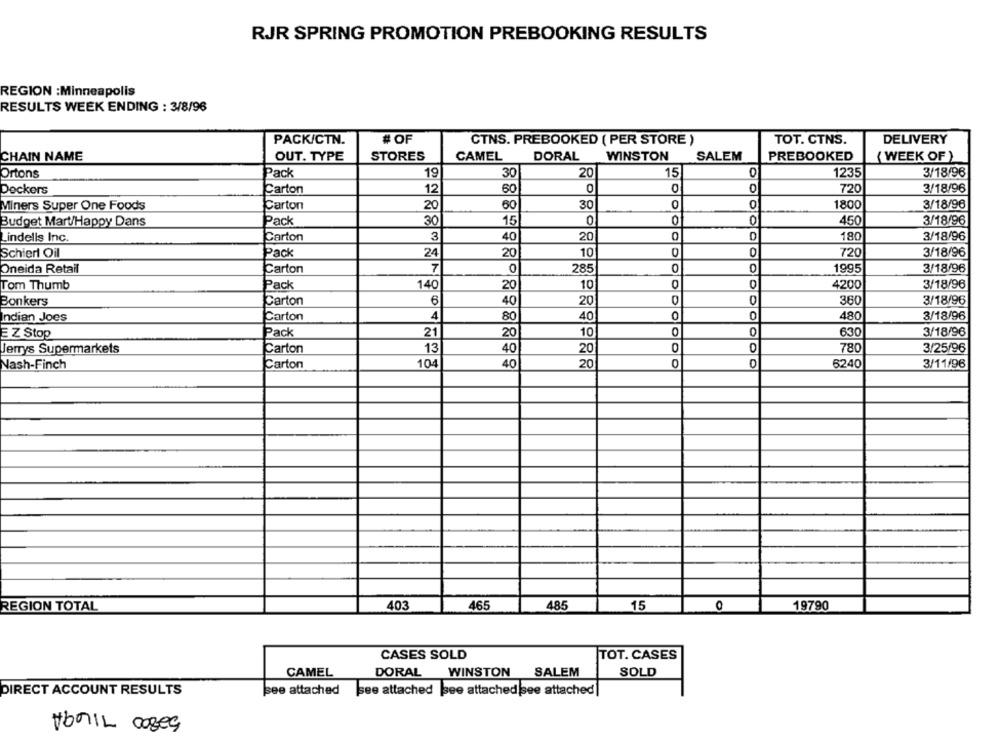
RJR SPRING PROMOTION PREBOOKING RESULTS
REGION :Minneapolis
RESULTS WEEK ENDING : 3/8/96
PACK/CTN.
# OF
CTNS. PREBOOKED ( PER STORE )
TOT. CTNS.
DELIVERY
STORES
DORAL
SALEM
CHAIN NAME
OUT. TYPE
CAMEL
WINSTON
PREBOOKED
( WEEK OF )
Ortons
Pack
19
30
20
15
1235
3/18/96
Deckers
Carton
12
60
0
0
0
720
3/18/96
Miners Super One Foods
Carton
20
60
30
1800
3/18/96
Budget Mart/Happy Dans
Pack
30
15
0
0
0
450
3/18/96
Lindells Inc.
Carton
3
20
D
180
3/18/96
40
24
20
10
D
720
3/18/96
Schiert Oil
Pack
285
3/18/96
Oneida Retail
Carton
7
0
0
1995
Tom Thumb
Pack
140
20
10
0
0
4200
3/18/96
Bonkers
Carton
6
40
20
0
360
3/18/96
indian Joes
Carton
4
80
40
0
480
3/18/96
EZ Stop
Pack
21
20
10
0
630
3/18/96
Jerrys Supermarkets
13
40
20
0
780
3/25/96
Carton
104
40
20
0
6240
3/11/96
Nash-Finch
Carton
REGION TOTAL
403
465
485
15
0
19790
CASES SOLD
TOT. CASES
CAMEL
DORAL
WINSTON
SALEM
SOLD
DIRECT ACCOUNT RESULTS
see attached
see attached
see attached see attached]
VonIL cases